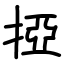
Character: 掗